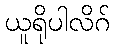
ယူရိုပါလိဂ်